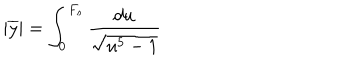
LaTeX: | \overline { { { y } } } | = \int _ { 0 } ^ { F _ { s } } \frac { d u } { \sqrt { u ^ { 5 } - 1 } }